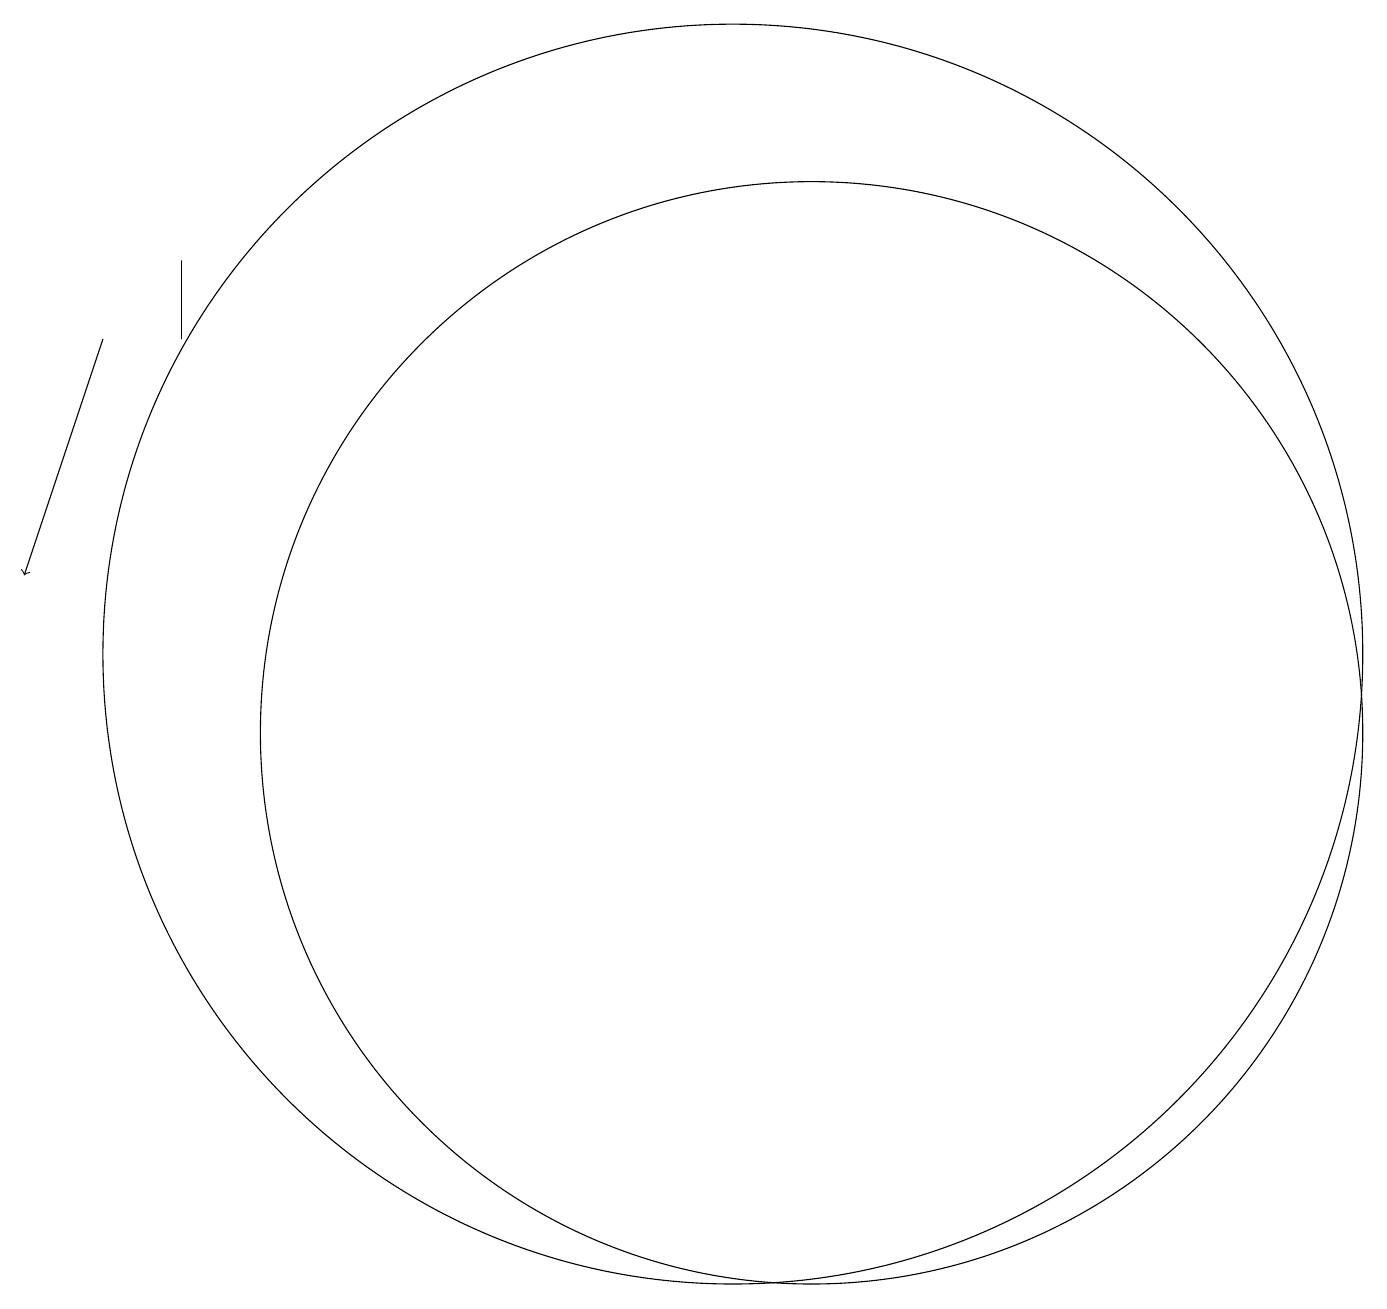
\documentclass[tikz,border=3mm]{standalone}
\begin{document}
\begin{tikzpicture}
\draw (3,17) rectangle (3,16);
\draw (11,11) circle (7);
\draw (10,12) circle (8);
\draw[->] (2,16) -- (1,13);
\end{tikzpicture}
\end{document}